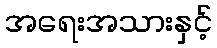
အရေးအသားနှင့်